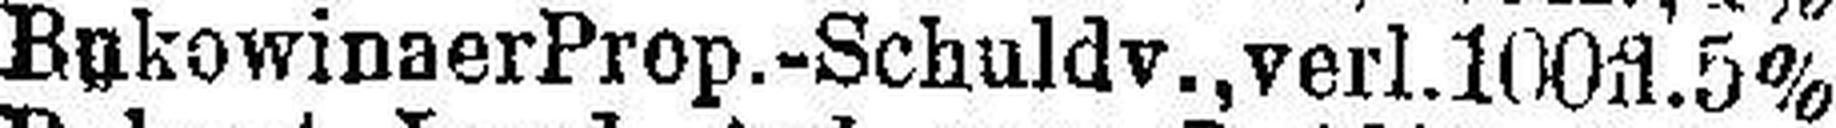
Bukowinaer Prop.-Schuldv., verl. 100 fl. 5%